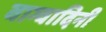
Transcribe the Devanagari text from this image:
वाग्वादिनी